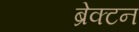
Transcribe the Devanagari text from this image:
ब्रेक्टन